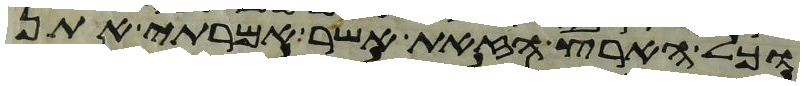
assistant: וכל הארץ הזאת אשר אמרתי אתן